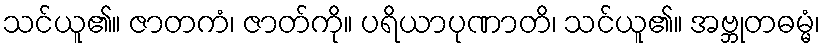
သင်ယူ၏။ ဇာတကံ၊ ဇာတ်ကို။ ပရိယာပုဏာတိ၊ သင်ယူ၏။ အဗ္ဘုတဓမ္မံ၊